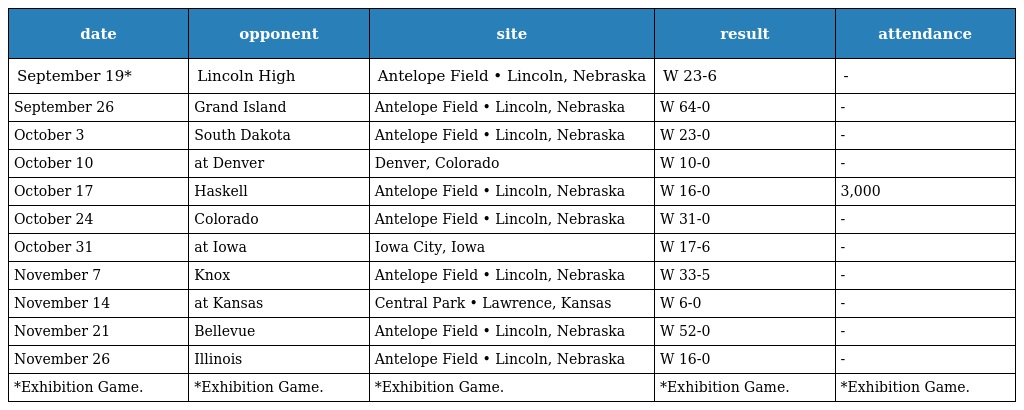
| date | opponent | site | result | attendance |
 | --- | --- | --- | --- | --- |
 | September 19* | Lincoln High | Antelope Field • Lincoln, Nebraska | W 23-6 | - |
 | September 26 | Grand Island | Antelope Field • Lincoln, Nebraska | W 64-0 | - |
 | October 3 | South Dakota | Antelope Field • Lincoln, Nebraska | W 23-0 | - |
 | October 10 | at Denver | Denver, Colorado | W 10-0 | - |
 | October 17 | Haskell | Antelope Field • Lincoln, Nebraska | W 16-0 | 3,000 |
 | October 24 | Colorado | Antelope Field • Lincoln, Nebraska | W 31-0 | - |
 | October 31 | at Iowa | Iowa City, Iowa | W 17-6 | - |
 | November 7 | Knox | Antelope Field • Lincoln, Nebraska | W 33-5 | - |
 | November 14 | at Kansas | Central Park • Lawrence, Kansas | W 6-0 | - |
 | November 21 | Bellevue | Antelope Field • Lincoln, Nebraska | W 52-0 | - |
 | November 26 | Illinois | Antelope Field • Lincoln, Nebraska | W 16-0 | - |
 | *Exhibition Game. | *Exhibition Game. | *Exhibition Game. | *Exhibition Game. | *Exhibition Game. |